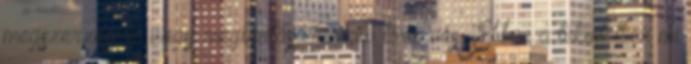
megszerzésére vagy megtartására való törekvés. Ebben a tekintetben mi